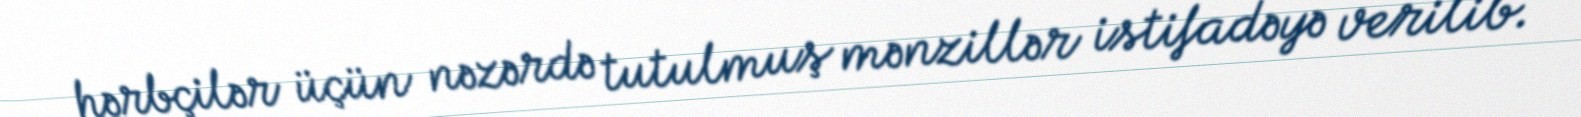
hərbçilər üçün nəzərdə tutulmuş mənzillər istifadəyə verilib.